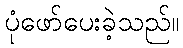
ပုံဖော်ပေးခဲ့သည်။